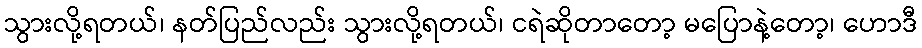
သွားလို့ရတယ်၊ နတ်ပြည်လည်း သွားလို့ရတယ်၊ ငရဲဆိုတာတော့ မပြောနဲ့တော့၊ ဟောဒီ